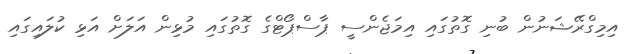
އިމިގްރޭޝަނުން ބުނި ގޮތުގައި އިމަޖެންސީ ޕާސްޕޯޓްގެ ގޮތުގައި މުޅިން އަލަށް އަޅި ކުލައިގައި